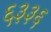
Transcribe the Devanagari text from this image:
६३३६